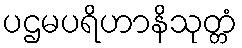
ပဌမပရိဟာနိသုတ္တံ